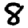
Digit: 8